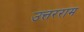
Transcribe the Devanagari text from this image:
उत्तरराम